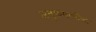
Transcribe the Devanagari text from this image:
अनुक्रमाणीका